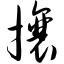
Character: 攘